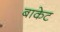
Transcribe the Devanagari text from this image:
बाकेट